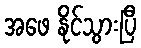
အဖေ နိုင်သွားပြီ